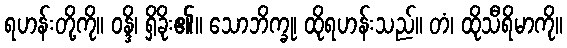
ရဟန်းတို့ကို။ ဝန္ဒိ၊ ရှိခိုး၏။ သောဘိက္ခု၊ ထိုရဟန်းသည်။ တံ၊ ထိုသီရိမာကို။